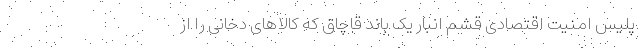
پلیس امنیت اقتصادی قشم انبار یک باند قاچاق که کالاهای دخانی را از